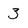
Character: 3